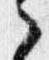
之